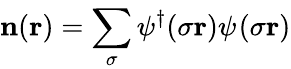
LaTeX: \mathbf{n}(\mathbf{r})=\sum_{\sigma}^{}\psi_{}^{\dagger}(\sigma\mathbf{r})\psi_{}^{}(\sigma\mathbf{r})